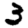
Digit: 3